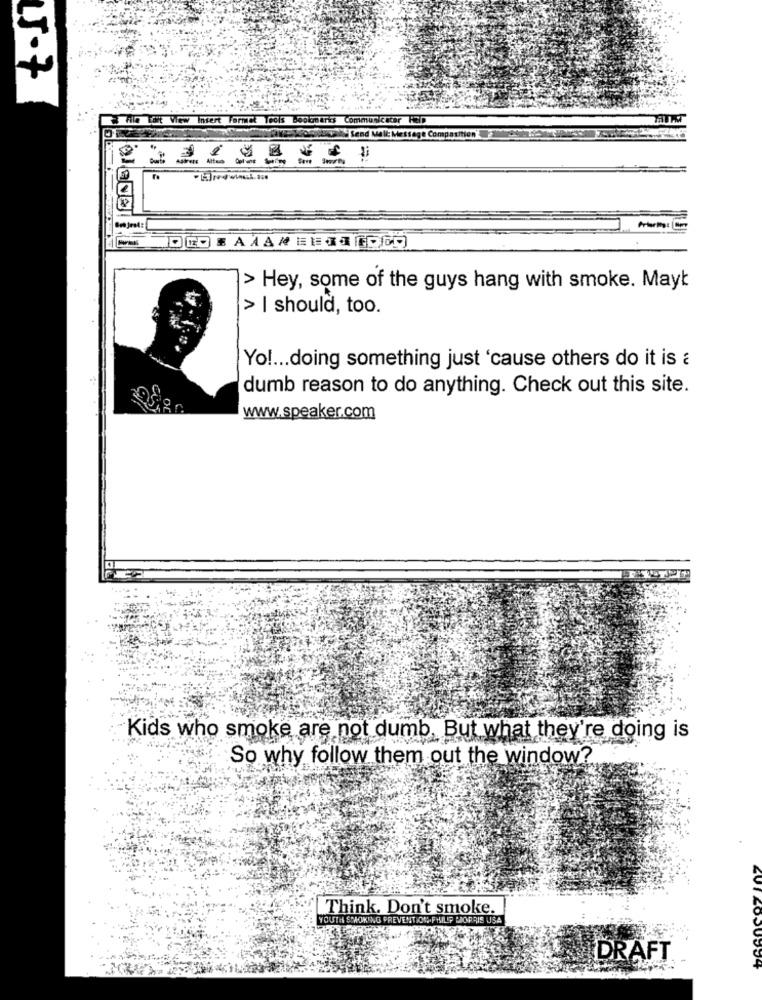
15-7
Hile tot View Insert Formet Tools boolmarks Communicacor KED
Send Mail Message
Sont
> Hey, some of the guys hang with smoke. Mayt
> I should, too.
Yo !... doing something just 'cause others do it is a
dumb reason to do anything. Check out this site.
www.speaker.com
Kids who smoke are not dumb, But what they're doing is
So why follow them out the window?
Think. Don't smoke.
YOUTH SMOKING PREVENTION.PHILIP MORRIS USA
DRAFT